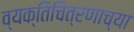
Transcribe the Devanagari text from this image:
व्यक्तिचित्रणाच्या